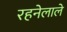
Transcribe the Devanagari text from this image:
रहनेलाले